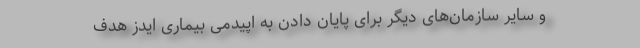
و سایر سازمان‌های دیگر برای پایان دادن به اپیدمی بیماری ایدز هدف